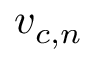
v _ { c , n }